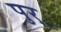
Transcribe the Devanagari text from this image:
पुर्